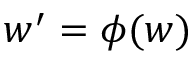
{ w ^ { \prime } = \phi ( w ) }